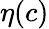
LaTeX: \eta(c)